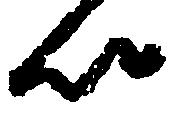
以